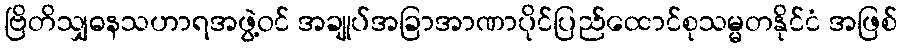
ဗြိတိသျှဓနသဟာရအဖွဲ့ဝင် အချုပ်အခြာအာဏာပိုင်ပြည်ထောင်စုသမ္မတနိုင်ငံ အဖြစ်